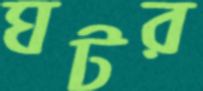
ঘটর